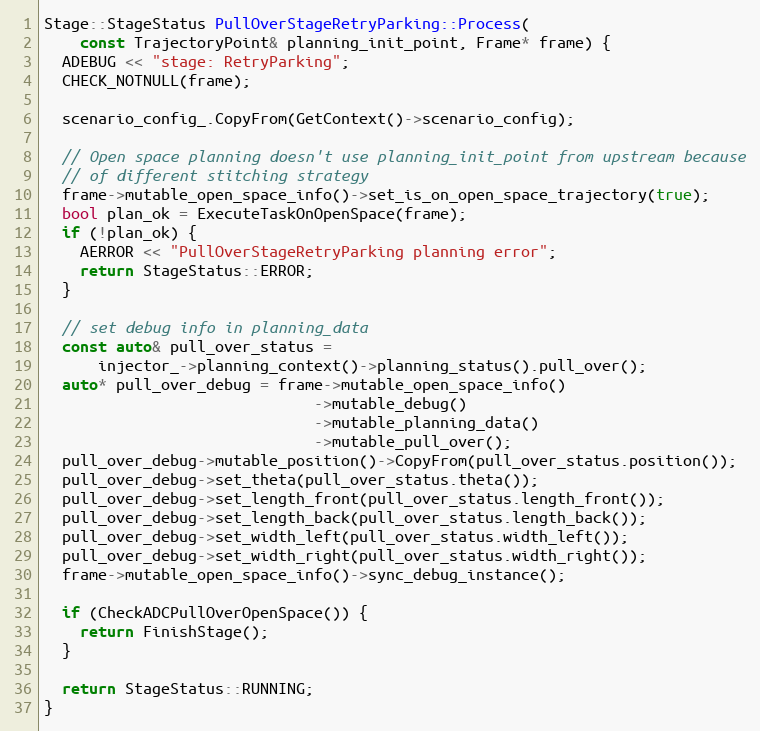
Language: C++
Stage::StageStatus PullOverStageRetryParking::Process(
    const TrajectoryPoint& planning_init_point, Frame* frame) {
  ADEBUG << "stage: RetryParking";
  CHECK_NOTNULL(frame);

  scenario_config_.CopyFrom(GetContext()->scenario_config);

  // Open space planning doesn't use planning_init_point from upstream because
  // of different stitching strategy
  frame->mutable_open_space_info()->set_is_on_open_space_trajectory(true);
  bool plan_ok = ExecuteTaskOnOpenSpace(frame);
  if (!plan_ok) {
    AERROR << "PullOverStageRetryParking planning error";
    return StageStatus::ERROR;
  }

  // set debug info in planning_data
  const auto& pull_over_status =
      injector_->planning_context()->planning_status().pull_over();
  auto* pull_over_debug = frame->mutable_open_space_info()
                              ->mutable_debug()
                              ->mutable_planning_data()
                              ->mutable_pull_over();
  pull_over_debug->mutable_position()->CopyFrom(pull_over_status.position());
  pull_over_debug->set_theta(pull_over_status.theta());
  pull_over_debug->set_length_front(pull_over_status.length_front());
  pull_over_debug->set_length_back(pull_over_status.length_back());
  pull_over_debug->set_width_left(pull_over_status.width_left());
  pull_over_debug->set_width_right(pull_over_status.width_right());
  frame->mutable_open_space_info()->sync_debug_instance();

  if (CheckADCPullOverOpenSpace()) {
    return FinishStage();
  }

  return StageStatus::RUNNING;
}